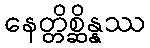
နေတ္တိစ္ဆိန္နဿ